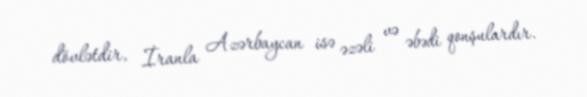
dövlətdir, İranla Azərbaycan isə əzəli və əbədi qonşulardır.